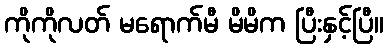
ကိုကိုလတ် မရောက်မီ မိမိက ပြီးနှင့်ပြီ။